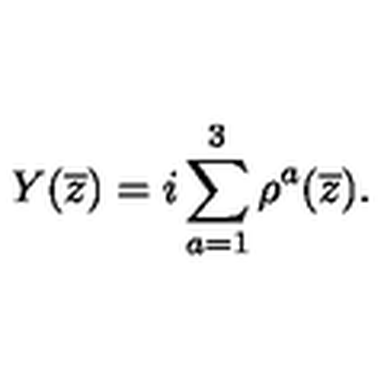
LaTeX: Y ( \overline { { z } } ) = i \sum _ { a = 1 } ^ { 3 } \rho ^ { a } ( \overline { { z } } ) .